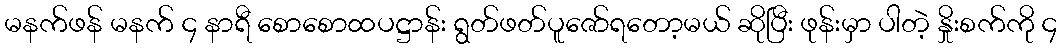
မနက်ဖန် မနက် ၄ နာရီ စောစောထပဋ္ဌာန်း ရွတ်ဖတ်ပူဇော်ရတော့မယ် ဆိုပြီး ဖုန်းမှာ ပါတဲ့ နှိုးစက်ကို ၄